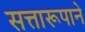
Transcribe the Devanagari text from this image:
सत्तारूपाने